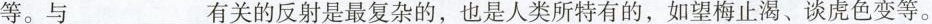
等。与___有关的反射是最复杂的，也是人类所特有的，如望梅止渴、谈庑色变等。